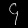
Digit: ၄